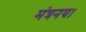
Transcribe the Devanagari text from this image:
मंत्रनय।